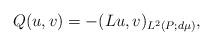
LaTeX: \begin{align*}Q(u,v) = -(Lu,v)_{L^2(P;d\mu)},\end{align*}